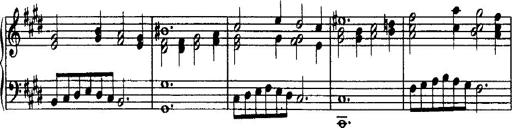
Title: Rondo di bravura
Composer: Franz Liszt